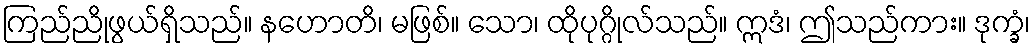
ကြည်ညိုဖွယ်ရှိသည်။ နဟောတိ၊ မဖြစ်။ သော၊ ထိုပုဂ္ဂိုလ်သည်။ ဣဒံ၊ ဤသည်ကား။ ဒုက္ခံ၊